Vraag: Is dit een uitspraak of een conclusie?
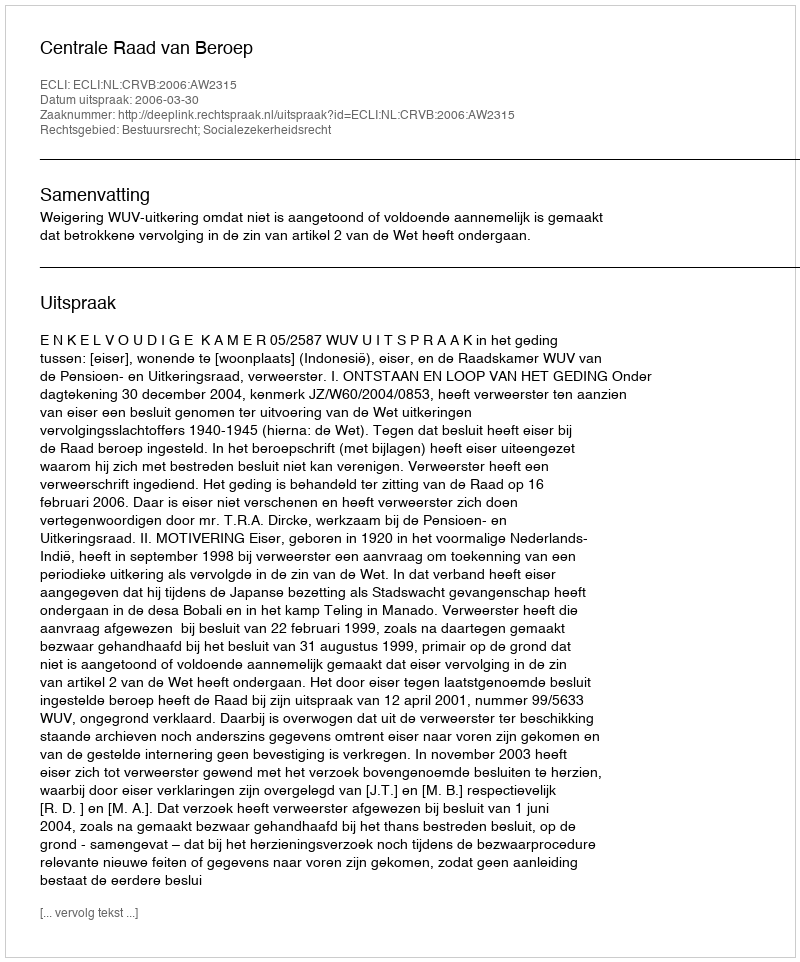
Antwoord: Uitspraak